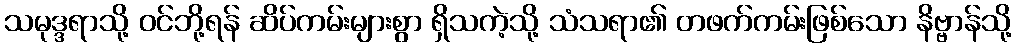
သမုဒ္ဒရာသို့ ဝင်ဘို့ရန် ဆိပ်ကမ်းများစွာ ရှိသကဲ့သို့ သံသရာ၏ တဖက်ကမ်းဖြစ်သော နိဗ္ဗာန်သို့